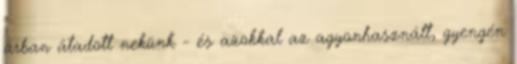
árban átadott nekünk - és azokkal az agyonhasznált, gyengén